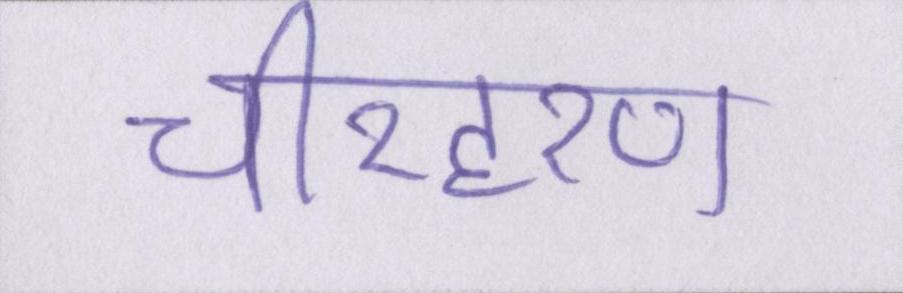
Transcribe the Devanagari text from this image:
चीरहरण